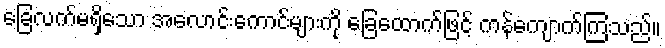
ခြေလက်မရှိသော အလောင်းကောင်များကို ခြေထောက်ဖြင့် ကန်ကျောက်ကြသည်။